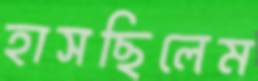
হাসছিলেম